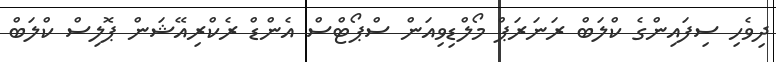
ދިވެހި ސިފައިންގެ ކްލަބް ރަނަރަޕް މޯލްޑިވިއަން ސްޕޯޓްސް އެންޑް ރެކްރިއޭޝަން ޕޮލިސް ކްލަބް